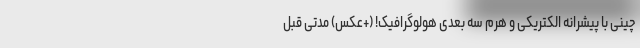
چینی با پیشرانه الکتریکی و هرم سه بعدی هولوگرافیک! (+عکس) مدتی قبل